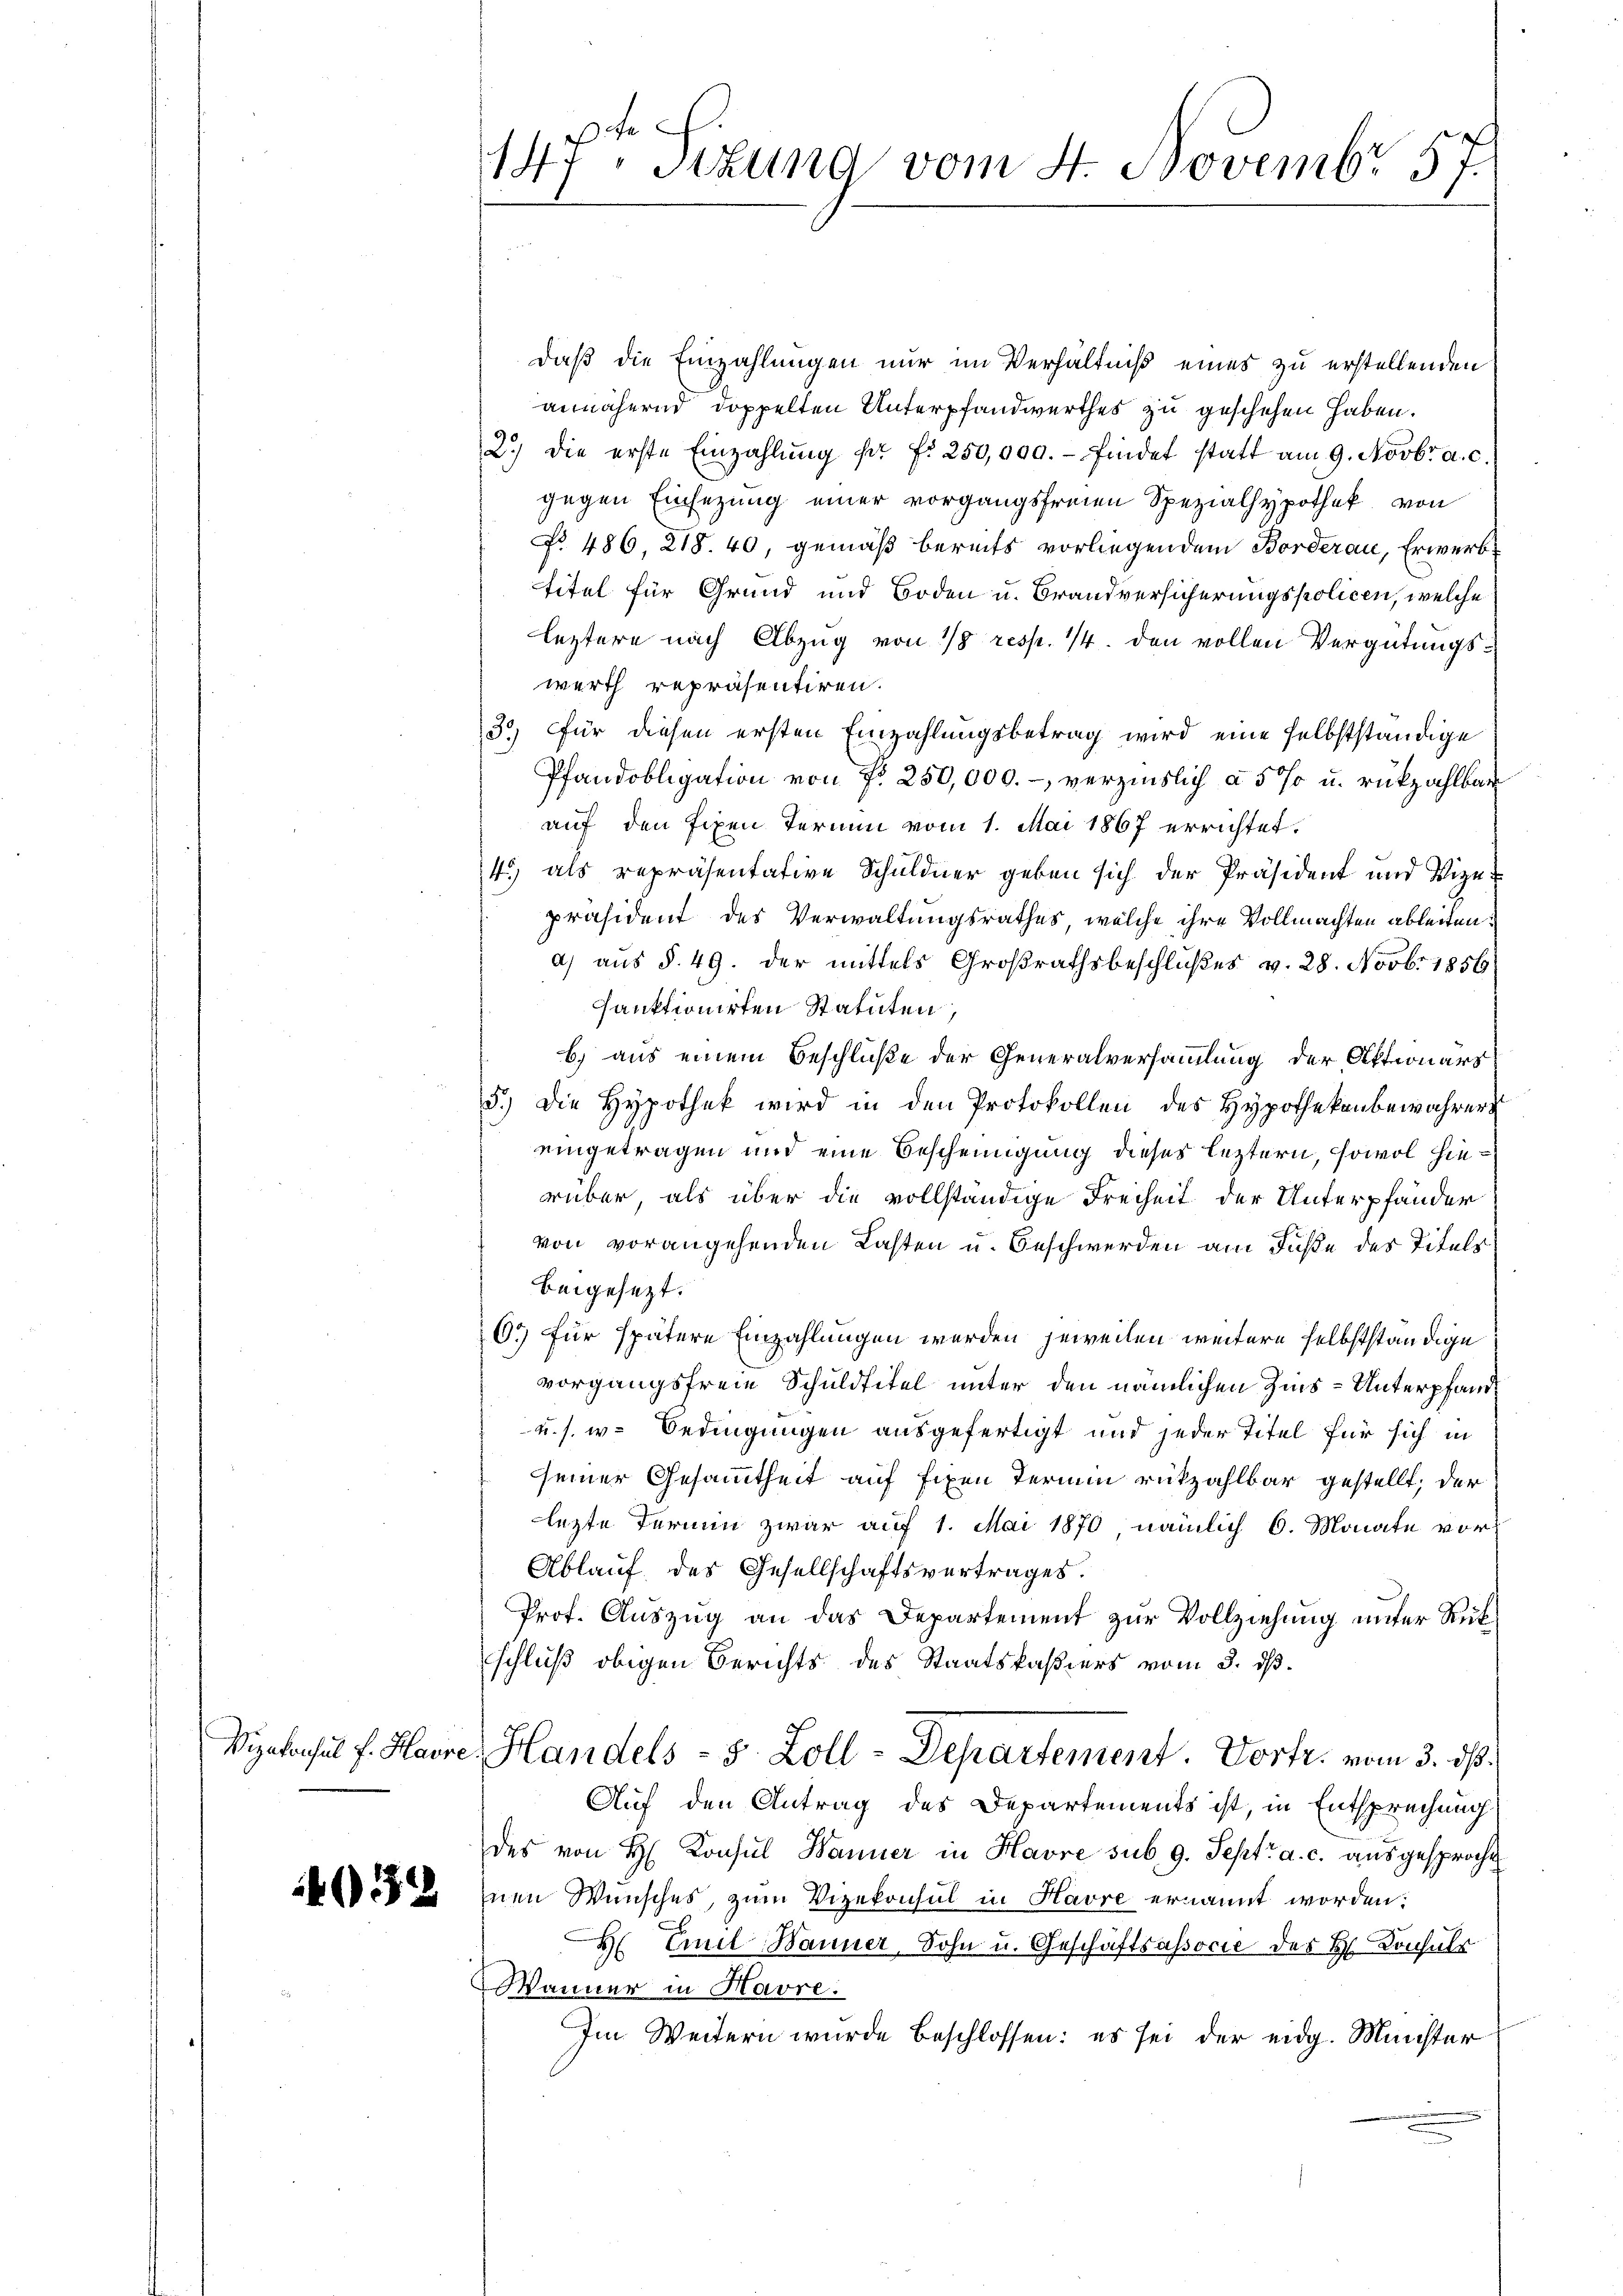
4032

daß die Einzahlungen nur im Verhältniß eines zu erstellenden
annähernd doppelten Unterpfandwerthes zu geschehen haben.
2.) Die erste Einzahlŭng pr. f. 250,000.- findet statt am 9. Novbr. a. c.
gegen Einsezung einer vorgangsfreien Spezialhypothek, von
NNo. 486, 218. 40, gemäß bereits vorliegendem Borderau, Erwerbtitel für Grund und Boden u. Brandversicherungspolicen, welche
leztere nach Abzug von 18 resp. 14 den vollen Vergütungswerth repräsentiren.
30, für diesen ersten Einzahlungsbetrag wird eine selbstständige
Pfandobligation von N. 250,000. – verzinslich à 5 % u. rückzahlbar
auf den fixen Termin vom 1. Mai 1867 errichtet.
4) als repräsentative Schuldner geben sich der Präsident und Vizepräsident des Verwaltungsrathes, welche ihre Vollmachten ableitena) aus § 49. der mittels Großrathsbeschlußes v. 28. Novbr. 1856
sanktionirten Statuten,
b.) aus einem Beschluße der Generalversammlung der Aktionärs
5.) Die Hypothek wird in den Protokollen des Hypothekenbewahrer
eingetragen und eine Bescheinigung dieses leztern, sowol hierüber, als über die vollständige Freiheit der Unterpfänder
von vorangehenden Lasten u. Beschwerden am Fuße des Titelr
beigesezt.
6. für spätere Einzahlungen werden jeweilen weitere selbstständige
vorgangsfreie Schuldtitel unter den nämlichen Zins-Unterpfand
u. s. w. Bedingungen ausgefertigt und jeder Titel für sich in
seiner Gesammtheit auf fixen Termin rückzahlbar gestellt, der
lezte Termin zwar auf 1. Mai 1870, nämlich 6. Monate vor¬
Ablauf des Gesellschaftsvertrages.
Prof. Auszug an das Departement zur Vollziehung unter Rükschluß obigen Berichts des Staatskaßiers vom 3. dß.
Viakonsul f. Havre, Handels - 5 Zoll - Departement. Vortr. vom 3. ds.
Auf den Antrag des Departements ist, in Entsprechung
des von H. Konsul Wanner in Havre sub. 9. Sept. a. c. aŭsgesproche
nen Wunsches, zum Vizekonsul in Havre ernannt worden;
H Emil Hanner, Sohn u. Geschäftsassocie des H. Konsuls
Wanner in Havre:
Im Weitern wurde beschlossen: es sei der eidg. Minister

ce
147. Sitzung vom 4. Novembr 57.